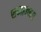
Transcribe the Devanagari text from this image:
शव्दाबाबत